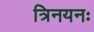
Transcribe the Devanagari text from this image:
त्रिनयनः